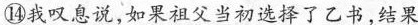
⑭我叹息说，如果祖父当初选择了乙书，结果